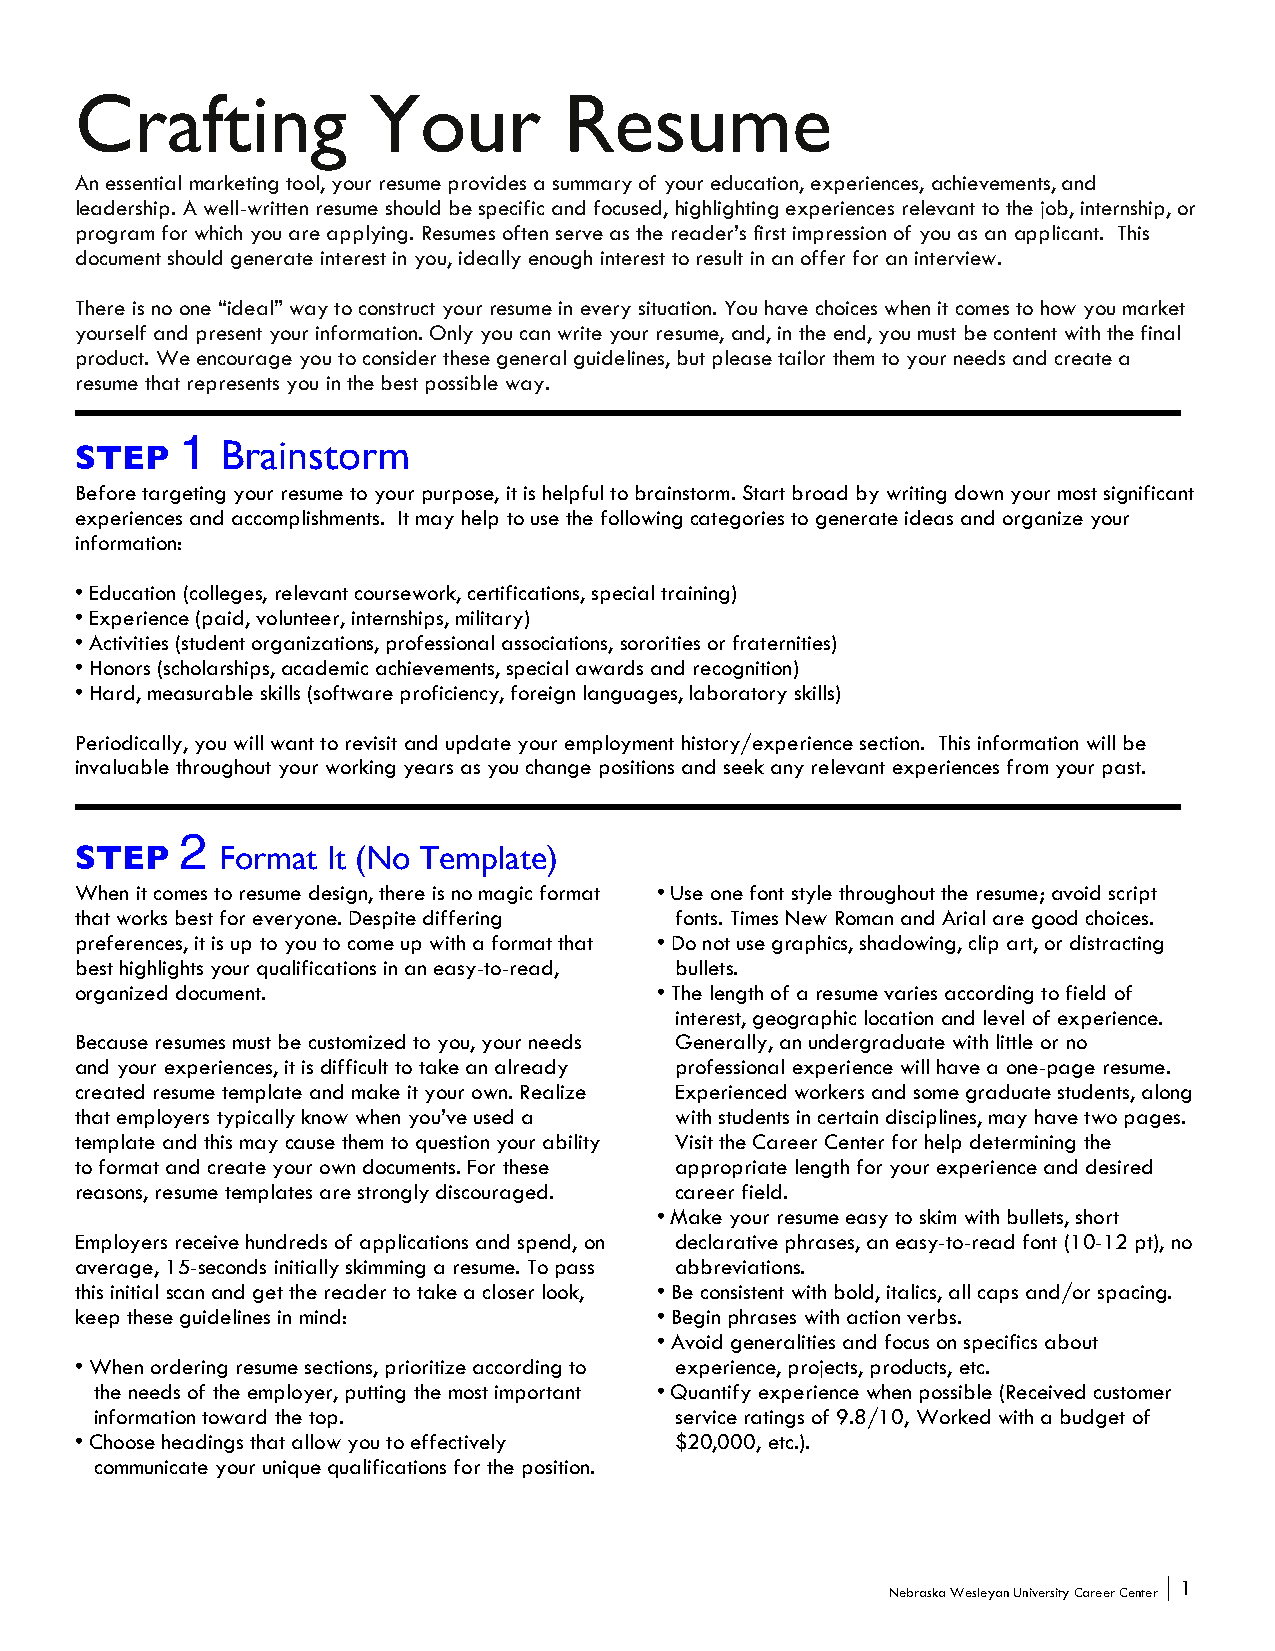
Crafting           Your         Resume
 An essential marketing tool, your resume provides a summary of your education, experiences, achievements, and
 leadership. A well-written resume should be specific and focused, highlighting experiences relevant to the job, internship, or
 program for which you are applying. Resumes often serve as the reader’s first impression of you as an applicant. This
 document should generate interest in you, ideally enough interest to result in an offer for an interview.
 There is no one “ideal” way to construct your resume in every situation. You have choices when it comes to how you market
 yourself and present your information. Only you can write your resume, and, in the end, you must be content with the final
 product. We encourage you to consider these general guidelines, but please tailor them to your needs and create a
 resume that represents you in the best possible way.
 1
 STEP      Brainstorm
 Before targeting your resume to your purpose, it is helpful to brainstorm. Start broad by writing down your most significant
 experiences and accomplishments. It may help to use the following categories to generate ideas and organize your
 information:
 • Education (colleges, relevant coursework, certifications, special training)
 • Experience (paid, volunteer, internships, military)
 • Activities (student organizations, professional associations, sororities or fraternities)
 • Honors (scholarships, academic achievements, special awards and recognition)
 • Hard, measurable skills (software proficiency, foreign languages, laboratory skills)
 Periodically, you will want to revisit and update your employment history/experience section. This information will be
 invaluable throughout your working years as you change positions and seek any relevant experiences from your past.
 2
 STEP      Format It (No Template)
 When it comes to resume design, there is no magic format • Use one font style throughout the resume; avoid script
 that works best for everyone. Despite differing fonts. Times New Roman and Arial are good choices.
 preferences, it is up to you to come up with a format that • Do not use graphics, shadowing, clip art, or distracting
 best highlights your qualifications in an easy-to-read, bullets.
 organized document.                   • The length of a resume varies according to field of
 interest, geographic location and level of experience.
 Because resumes must be customized to you, your needs Generally, an undergraduate with little or no
 and your experiences, it is difficult to take an already professional experience will have a one-page resume.
 created resume template and make it your own. Realize Experienced workers and some graduate students, along
 that employers typically know when you’ve used a with students in certain disciplines, may have two pages.
 template and this may cause them to question your ability Visit the Career Center for help determining the
 to format and create your own documents. For these appropriate length for your experience and desired
 reasons, resume templates are strongly discouraged. career field.
 • Make your resume easy to skim with bullets, short
 Employers receive hundreds of applications and spend, on declarative phrases, an easy-to-read font (10-12 pt), no
 average, 15-seconds initially skimming a resume. To pass abbreviations.
 this initial scan and get the reader to take a closer look, • Be consistent with bold, italics, all caps and/or spacing.
 keep these guidelines in mind:        • Begin phrases with action verbs.
 • Avoid generalities and focus on specifics about
 • When ordering resume sections, prioritize according to experience, projects, products, etc.
 the needs of the employer, putting the most important • Quantify experience when possible (Received customer
 information toward the top.            service ratings of 9.8/10, Worked with a budget of
 • Choose headings that allow you to effectively $20,000, etc.).
 communicate your unique qualifications for the position.
 1
 Nebraska Wesleyan University Career Center